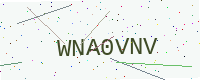
Text: WNA0VNV